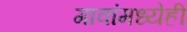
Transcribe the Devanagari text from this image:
गावांमध्येही